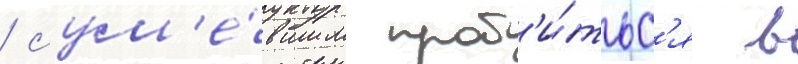
/ сум'е́вшим проб'и́тьс'я в